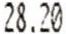
28.20